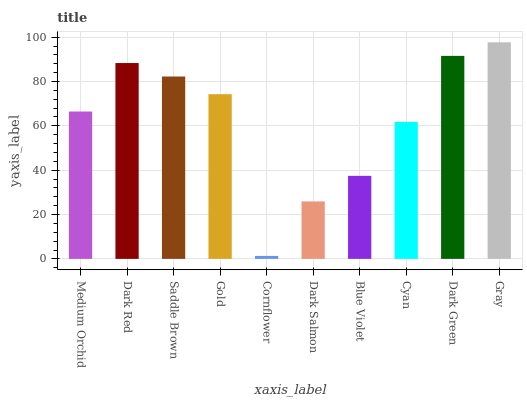
| xaxis_label | bars |
 | --- | --- |
 | Medium Orchid | 66.5 |
 | Dark Red | 88.3 |
 | Saddle Brown | 82.3 |
 | Gold | 74.3 |
 | Cornflower | 1.34 |
 | Dark Salmon | 25.9 |
 | Blue Violet | 37.5 |
 | Cyan | 61.8 |
 | Dark Green | 91.6 |
 | Gray | 97.7 |